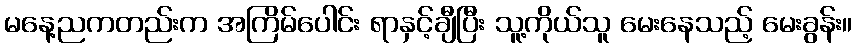
မနေ့ညကတည်းက အကြိမ်ပေါင်း ရာနှင့်ချီပြီး သူ့ကိုယ်သူ မေးနေသည့် မေးခွန်း။